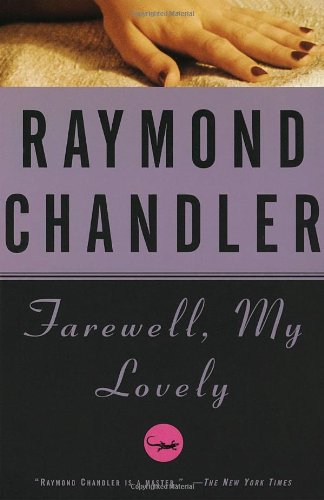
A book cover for Farewell, My Lovely; Raymond Chandler; Mystery, Thriller & Suspense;